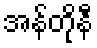
အန်တိုနီ